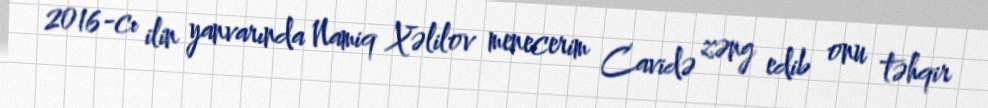
2016-cı ilin yanvarında Namiq Xəlilov menecerim Cavidə zəng edib onu təhqir